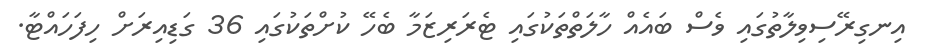
އިނގިރޭސިވިލާތުގައި ވެސް ބައެއް ހާލަތްތަކުގައި ޓެރަރިޒަމާ ބެހޭ ކުށްތަކުގައި 36 ގަޑިއިރަށް ހިފަހައްޓާ.